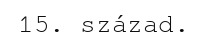
15. század.